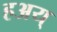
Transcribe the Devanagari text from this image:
हअय्